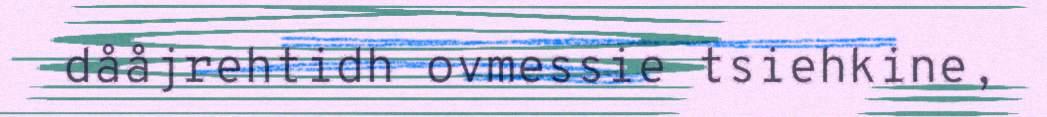
dååjrehtidh ovmessie tsiehkine,